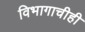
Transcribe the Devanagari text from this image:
विभागाचीही